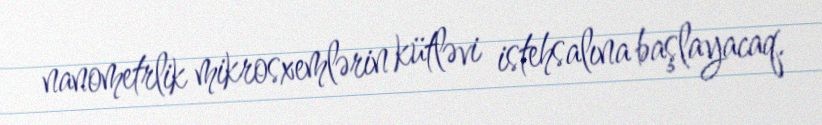
nanometrlik mikrosxemlərin kütləvi istehsalına başlayacaq.